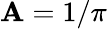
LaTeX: \mathbf{A}=1/\pi